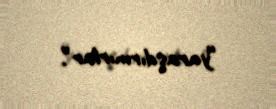
“yaraşdırmırlar”.